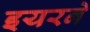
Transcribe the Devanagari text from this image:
इयरने